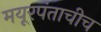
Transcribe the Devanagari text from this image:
मयूरपंताचीच